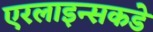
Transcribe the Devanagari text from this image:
एरलाइन्सकडे